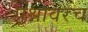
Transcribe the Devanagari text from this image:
प्रश्नावरच